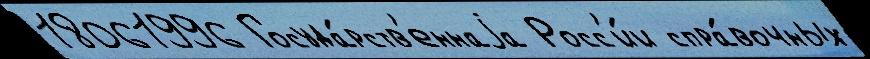
18061996 Госуда́рств'еннаjа Росс'и́и спра́вочных